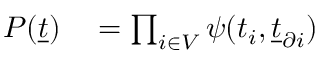
\begin{array} { r l } { P ( \underline { { t } } ) } & { { } = \prod _ { i \in V } \psi ( t _ { i } , \underline { { t } } _ { \partial i } ) } \end{array}